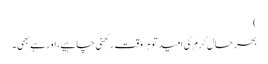
)
بحرحال کرم کی امید تو ہر وقت رکھنی چاہیے، اور ہے بھی ۔